Annual statistical returns and brief notes on vaccination in Bengal - 1909-1929
Year: 1909
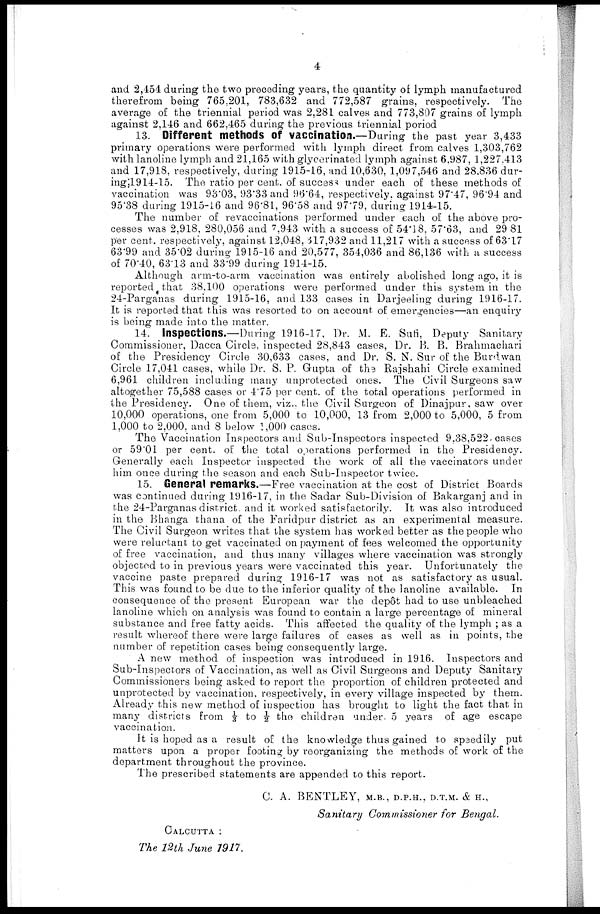
4
and 2,454 during the two preceding years, the quantity of lymph manufactured
therefrom being 765,201, 783,632 and 772,587 grains, respectively. The
average of the triennial period was 2,281 calves and 773,807 grains of lymph
against 2,146 and 662,465 during the previous triennial poriod
13. Different methods of vaccination.—During the past year 3,433
primary operations were performed with lymph direct from calves 1,303,762
with lanoline lymph and 21,165 with glycerinated lymph against 6,987, 1,227,413
and 17,918, respectively, during 1915-16, and 10,630, 1,097,546 and 28,836 dur¬
ing; 1914-15. The ratio per cent. of success under each of these methods of
vaccination was 93.03, 93.33 and 96.64, respectively, against 97.47, 96.94 and
95.38 during 1915-16 and 96.81, 96.58 and 97.79, during 1914-15.
The number of revaccinations performed under each of the above pro-
cesses was 2,918, 280,056 and 7,943 with a success of 54.18, 57.63, and 29 81
per cent. respectively, against 12,048, 317,932 and 11,217 with a success of 63.17
63.99 and 35.02 during 1915-16 and 20,577, 354,036 and 86,136 with a success
of 70.40, 63.13 and 33.99 during 1914-15.
Although arm-to-arm vaccination was entirely abolished long ago, it is
reported that 38,100 operations were performed under this system in the
24-Parganas during 1915-16, and 133 cases in Darjeeling during 1916-17.
It is reported that this was resorted to on account of emergencies—an enquiry
is being made into the matter.
14. Inspections.—During 1916-17, Dr. M. E. Sufi, Deputy Sanitary
Commissioner, Dacca Circle, inspected 28,843 cases, Dr. B. B. Brahmachari
of the Presidency Circle 30,633 cases, and Dr. S. N. Sur of the Burdwan
Circle 17,041 cases, while Dr. S. P. Gupta of the Rajshahi Circle examined
6,961 children including many unprotected ones. The Civil Surgeons saw
altogether 75,588 cases or 4.75 per cent. of the total operations performed in
the Presidency. One of them, viz., the Civil Surgeon of Dinajpur, saw over
10,000 operations, one from 5,000 to 10,000, 13 from 2,000 to 5,000, 5 from
1,000 to 2,000, and 8 below 1,000 cases.
The Vaccination Inspectors and Sub-Inspectors inspected 9,38,522 cases
or 59.01 per cent. of the total operations performed in the Presidency.
Generally each Inspector inspected the work of all the vaccinators under
him once during the season and each Sub-Inspector twice.
15. General remarks.—Free vaccination at the cost of District Boards
was continued during 1916-17, in the Sadar Sub-Division of Bakarganj and in
the 24-Parganas district and it worked satisfactorily. It was also introduced
in the Bhanga thana of the Faridpur district as an experimental measure.
The Civil Surgeon writes that the system has worked better as the people who
were reluctant to get vaccinated on payment of fees welcomed the opportunity
of free vaccination, and thus many villages where vaccination was strongly
objected to in previous years were vaccinated this year. Unfortunately the
vaccine paste prepared during 1916-17 was not as satisfactory as usual.
This was found to be due to the inferior quality of the lanoline available. In
consequence of the present European war the depôt had to use unbleached
lanoline which on analysis was found to contain a large percentage of mineral
substance and free fatty acids. This affected the quality of the lymph ; as a
result whereof there were large failures of cases as well as in points, the
number of repetition cases being consequently large.
A new method of inspection was introduced in 1916. Inspectors and
Sub-Inspectors of Vaccination, as well as Civil Surgeons and Deputy Sanitary
Commissioners being asked to report the proportion of children protected and
unprotected by vaccination, respectively, in every village inspected by them.
Already this new method of inspection has brought to light the fact that in
many districts from 1/3 to ½ the children under. 5 years of age escape
vaccination.
It is hoped as a result of the knowledge thus gained to speedily put
matters upon a proper footing by reorganizing the methods of work of the
department throughout the province.
The prescribed statements are appended to this report.
C. A. BENTLEY, M.B., D.P.H., D.T.M. & H.,
Sanitary Commissioner for Bengal.
CALCUTTA :
The 12th June 1917.